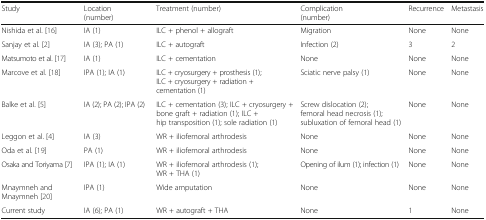
| Study | Location (number) | Treatment (number) | Complication (number) | Recurrence | Metastasis |
 | --- | --- | --- | --- | --- | --- |
 | Nishida et al. [16] | IA (1) | ILC + phenol + allograft | Migration | None | None |
 | Sanjay et al. [2] | IA (3); PA (1) | ILC + autograft | Infection (2) | 3 | 2 |
 | Matsumoto et al. [17] | IA (1) | ILC + cementation | None | None | None |
 | Marcove et al. [18] | IPA (1); IA (1) | ILC + cryosurgery + prosthesis (1); ILC + cryosurgery + radiation + cementation (1) | Sciatic nerve palsy (1) | None | None |
 | Balke et al. [5] | IA (2); PA (2); IPA (2) | ILC + cementation (3); ILC + cryosurgery + bone graft + radiation (1); ILC + hip transposition (1); sole radiation (1) | Screw dislocation (2); femoral head necrosis (1); subluxation of femoral head (1) | None | None |
 | Leggon et al. [4] | IA (3) | WR + iliofemoral arthrodesis | None | None | None |
 | Oda et al. [19] | PA (1) | WR + iliofemoral arthrodesis | None | None | None |
 | Osaka and Toriyama [7] | IPA (1); IA (1) | WR + iliofemoral arthrodesis (1); WR + THA (1) | Opening of ilum (1); infection (1) | None | None |
 | Mnaymneh and Mnaymneh [20] | IPA (1) | Wide amputation | None | None | None |
 | Current study | IA (6); PA (1) | WR + autograft + THA | None | 1 | None |